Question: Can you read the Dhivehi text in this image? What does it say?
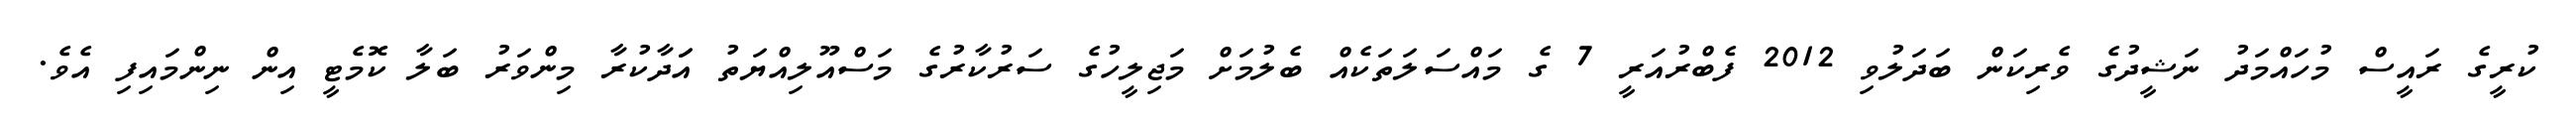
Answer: ކުރީގެ ރައީސް މުހައްމަދު ނަޝީދުގެ ވެރިކަން ބަދަލުވި 2012 ފެބްރުއަރީ 7 ގެ މައްސަލަތަކެއް ބެލުމަށް މަޖިލީހުގެ ސަރުކާރުގެ މަސްއޫލިއްޔަތު އަަދާކުރާ މިންވަރު ބަލާ ކޮމެޓީ އިން ނިންމައިފި އެވެ.